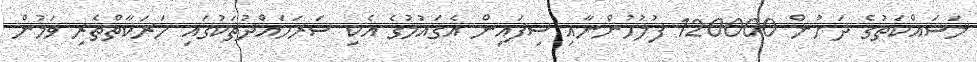
މަސައްކަތުގެ ދަށުން 120000 ފުލުހުންނާއި ސިފައިން އެގައުމުގެ އެކި ސަރަހައްދުތަކުގައި ހަރަކާތްތެރި ވަމުން